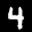
Label: 4